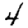
Digit: 4